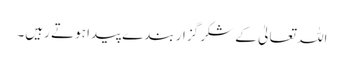
اللہ تعالیٰ کے شکر گزار بندے پیدا ہوتے رہیں۔